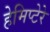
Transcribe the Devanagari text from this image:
हेमिप्टेरे